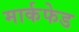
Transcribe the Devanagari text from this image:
मार्कफेड